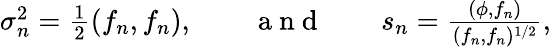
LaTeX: \begin{array}{r}{\sigma_{n}^{2}=\frac{1}{2}(f_{n},f_{n}),\qquad\mathrm{~a~n~d~}\qquad s_{n}=\frac{(\phi,f_{n})}{(f_{n},f_{n})^{1/2}},}\end{array}